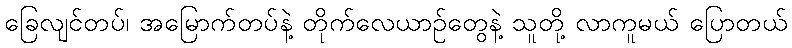
ခြေလျင်တပ်၊ အမြောက်တပ်နဲ့ တိုက်လေယာဉ်တွေနဲ့ သူတို့ လာကူမယ် ပြောတယ်